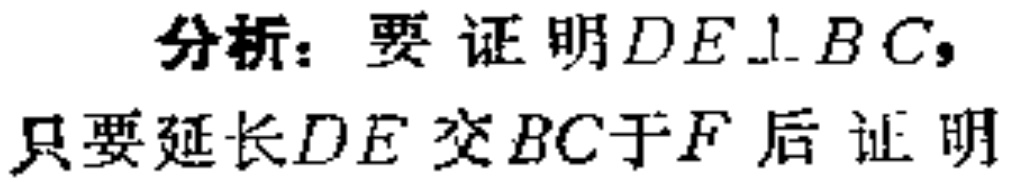
分析：要证明$DE\perp BC$，只要延长$DE$交$BC$于$F$后证明